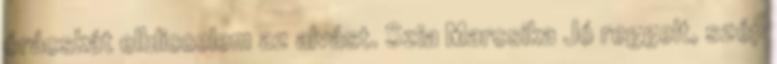
órácskát elbliccelem az alvást. Szia Marcsika Jó reggelt, szép